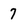
Character: 7